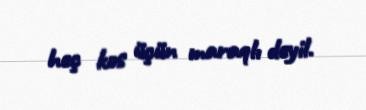
heç kəs üçün maraqlı deyil.